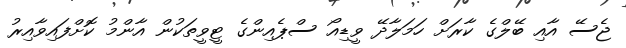
ޖެސޭ އާއި ބޭލްގެ ކާރަށް ހަމަލާދޭ ވީޑިއޯ ސްޕެއިންގެ ޓީވީތަކުން އާންމު ކޮށްފައިވާއިރު